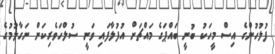
ފުލުހުންގެ އިސް މީހަކު ބުނީ ބައްޕަގެ މައްޗަށް އުފުލާފައި ވަނީ ސުލްހަވެރިކަން ނަގާލުމުގެ